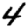
Digit: 4